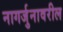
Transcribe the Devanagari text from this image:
नागर्जुनावरील